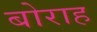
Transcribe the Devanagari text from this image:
बोराह